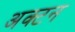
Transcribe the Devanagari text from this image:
अक्टन